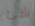
شئ